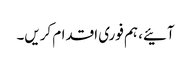
آئیے، ہم فوری اقدام کریں۔